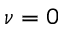
\nu = 0